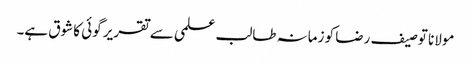
مولانا توصیف رضا کو زمانہ طالب علمی سے تقریر گوئی کا شوق ہے۔